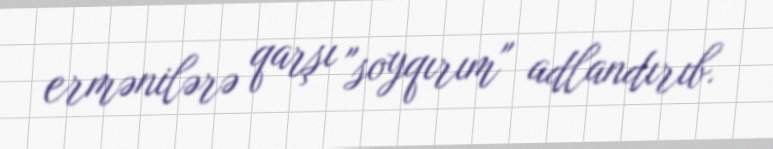
ermənilərə qarşı "soyqırım" adlandırıb.